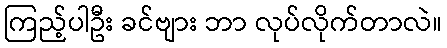
ကြည့်ပါဦး ခင်ဗျား ဘာ လုပ်လိုက်တာလဲ။